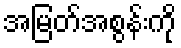
အမြတ်အစွန်းကို